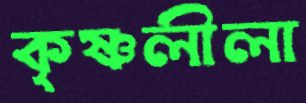
কৃষ্ণলীলা